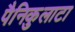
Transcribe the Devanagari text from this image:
पैनिकुलाटा